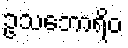
ဥသဘောရိဝ